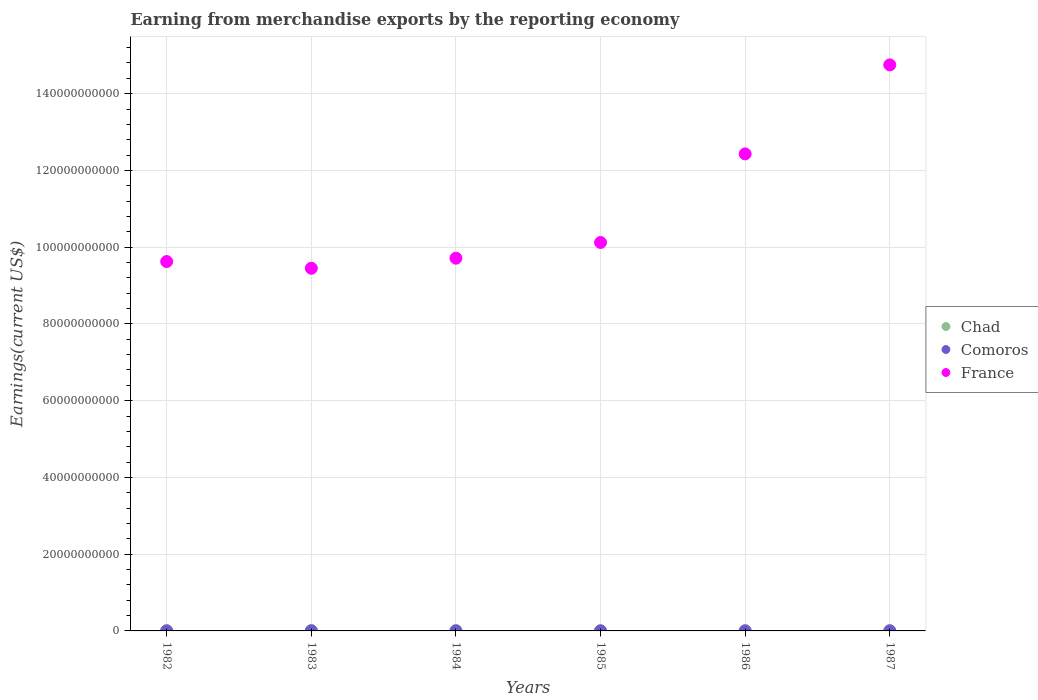
| Years | Chad | Comoros | France |
 | --- | --- | --- | --- |
 | 1982 | 3.77e+07 | 2.09e+07 | 9.63e+10 |
 | 1983 | 1.1e+08 | 1.83e+07 | 9.45e+10 |
 | 1984 | 8.47e+07 | 9.98e+06 | 9.71e+10 |
 | 1985 | 4.57e+07 | 1.5e+07 | 1.01e+11 |
 | 1986 | 4.97e+07 | 1.6e+07 | 1.24e+11 |
 | 1987 | 5.2e+07 | 1.92e+07 | 1.48e+11 |